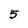
Character: 5